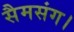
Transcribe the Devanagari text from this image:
सैमसंग।